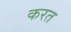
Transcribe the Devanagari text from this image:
करत